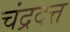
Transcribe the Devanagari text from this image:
चंद्रदत्त